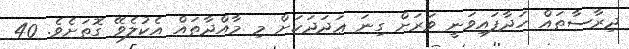
ދިރާސާތައް ހަދާފައިވަނީ ވަރަށް ގިނަ ޢަދަދަކަށް މި މާއްދާތައް އެކުލެވޭ ގޮތަށެވެ. 40